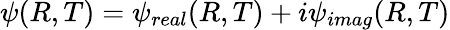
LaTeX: \psi(R,T)=\psi_{real}(R,T)+i\psi_{imag}(R,T)